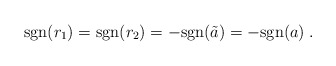
\begin{align*}{\rm sgn}(r_1) = {\rm sgn}(r_2) = -{\rm sgn}(\tilde{a}) = -{\rm sgn}(a) \;.\end{align*}